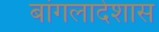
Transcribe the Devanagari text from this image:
बांगलादेशास